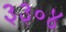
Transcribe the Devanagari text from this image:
३३०४